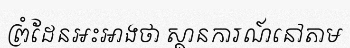
ព្រំដែនអះអាងថា ស្ថានការណ៍នៅតាម